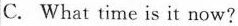
C. What time is it now?